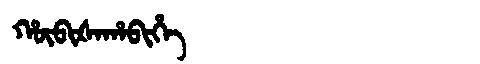
Manchu: ᡥᡡᠪᡳᡧᠠᡥᠠᠪᡳᡥᡝ
Romanization: HŪBIŠAHABIHE